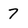
Character: 7